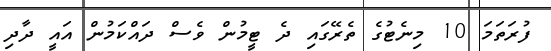
ފުރަތަމަ 10 މިނެޓުގެ ތެރޭގައި ދެ ޓީމުން ވެސް ދައްކަމުން އައީ ދާދި